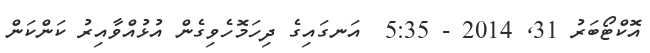
އޮކްޓޯބަރު 31